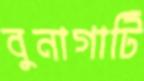
বুনাগাটি